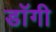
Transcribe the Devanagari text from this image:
डॉगी